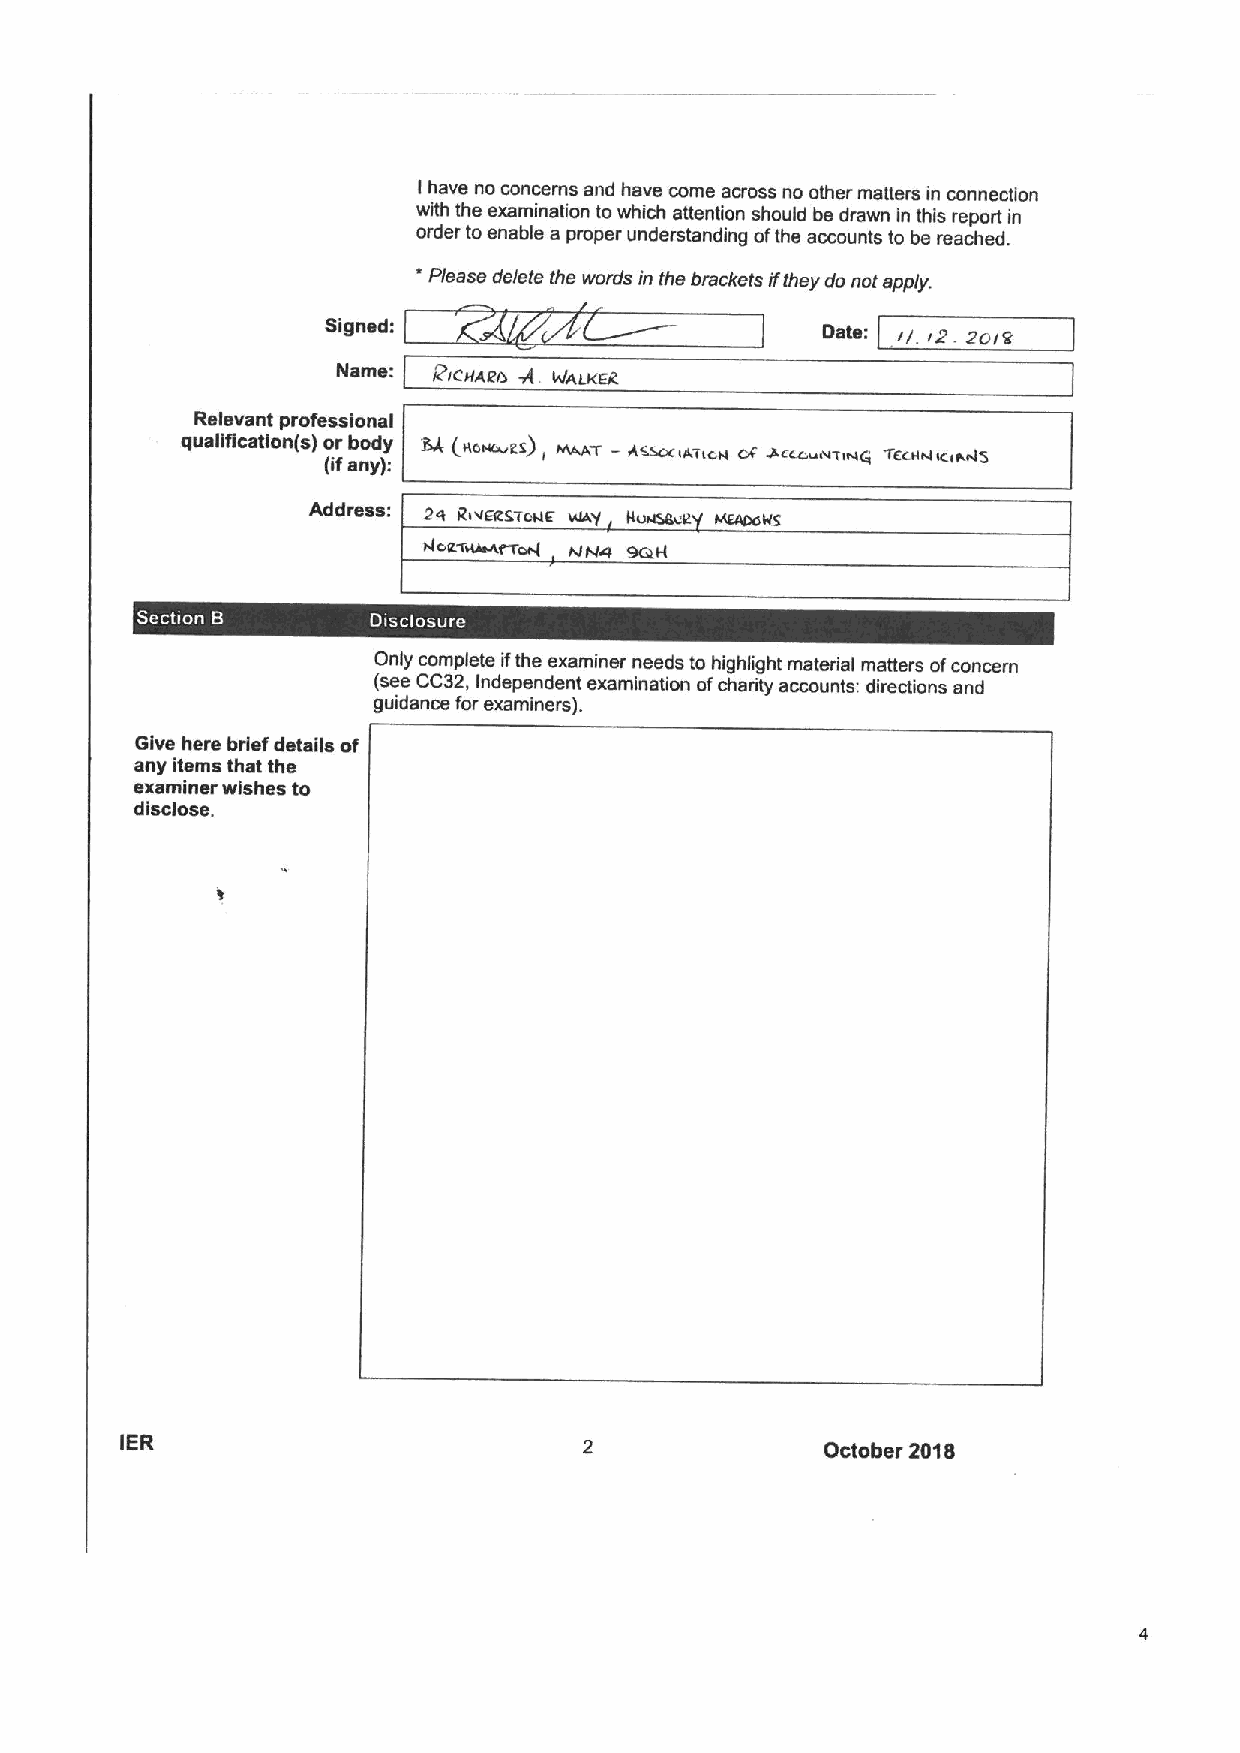
Ihave no concerns and have come across no other matters in connection
 with the examination to which attention should be drawn in this report in
 order toenable a proper understanding ofthe accounts to be reached.
 *
 Please delete the words in the brackets ifthey do not apply.
 Signed:                         ()ate: rf. I2. Rcrg
 Name:  FICHxRo A. 4/ALKRR
 Relevant professional
 ~T
 qualification(s) or body L4 (ncuc ct), —4sccclAT&cn or J4cccuHIIHc TecMHlc&wus
 (ifany):
 Addi'BSS: 24 RrVERSTcHE WAY Huua@.'R
 AosTucc4rTcu4 NNcc eotH
 I
 ~
 Only complete ifthe examiner needs to highlight material matters ofconcern
 (see CC32, Independent examination ofcharity accounts: directions and
 guidance for examiners).
 Give here brief details of
 any items that the
 examiner wishes to
 disclose.
 IER                                            October 2018